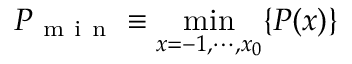
P _ { \mathrm { ~ m ~ i ~ n ~ } } \equiv \operatorname* { m i n } _ { x = - 1 , \cdots , x _ { 0 } } \{ P ( x ) \}